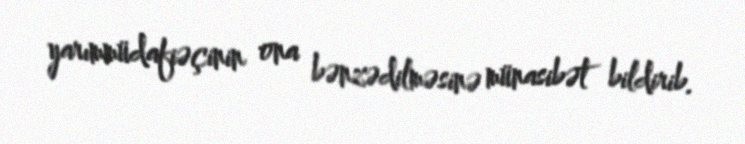
yarımmüdafiəçinin ona bənzədilməsinə münasibət bildirib.